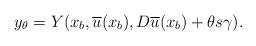
LaTeX: \begin{align*} y_\theta = Y(x_b,\overline{u}(x_b),D\overline{u}(x_b)+\theta s \gamma). \end{align*}